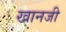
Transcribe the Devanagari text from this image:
खानजी